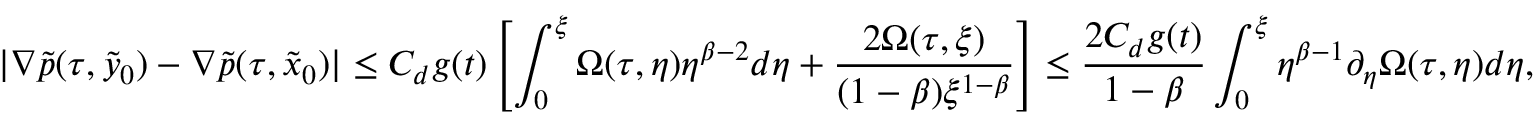
| \nabla \tilde { p } ( \tau , \tilde { y } _ { 0 } ) - \nabla \tilde { p } ( \tau , \tilde { x } _ { 0 } ) | \leq C _ { d } g ( t ) \left[ \int _ { 0 } ^ { \xi } \Omega ( \tau , \eta ) \eta ^ { \beta - 2 } d \eta + \frac { 2 \Omega ( \tau , \xi ) } { ( 1 - \beta ) \xi ^ { 1 - \beta } } \right] \leq \frac { 2 C _ { d } g ( t ) } { 1 - \beta } \int _ { 0 } ^ { \xi } \eta ^ { \beta - 1 } \partial _ { \eta } \Omega ( \tau , \eta ) d \eta ,